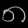
Digit: ၈